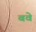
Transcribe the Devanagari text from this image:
बवे